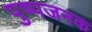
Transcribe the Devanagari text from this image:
पुष्पजनक